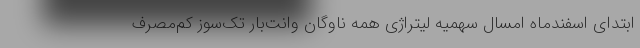
ابتدای اسفندماه امسال سهمیه لیتراژی همه ناوگان وانت‌بار تک‌سوز کم‌مصرف